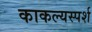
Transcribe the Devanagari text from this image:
काकल्यस्पर्श